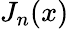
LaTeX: J_{n}(x)